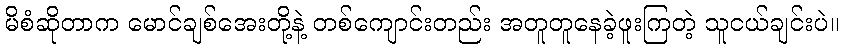
မိစံဆိုတာက မောင်ချစ်အေးတို့နဲ့ တစ်ကျောင်းတည်း အတူတူနေခဲ့ဖူးကြတဲ့ သူငယ်ချင်းပဲ။